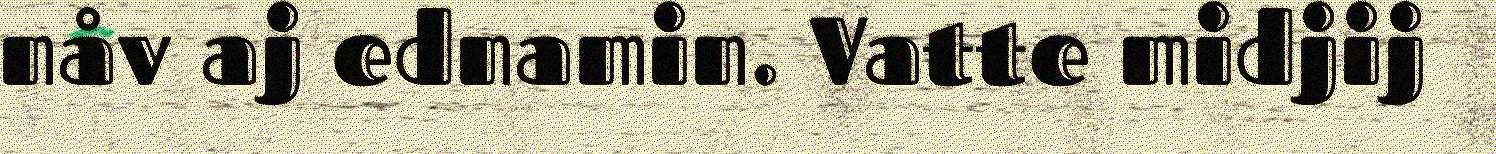
nåv aj ednamin. Vatte midjij